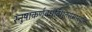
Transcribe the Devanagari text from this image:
स्नुषाकर्णवधूर्विधूतसंसारवृत्तिः